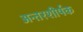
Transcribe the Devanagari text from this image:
अन्तरशीर्षक